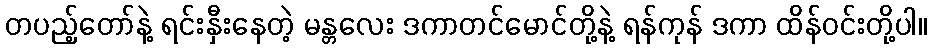
တပည့်တော်နဲ့ ရင်းနှီးနေတဲ့ မန္တလေး ဒကာတင်မောင်တို့နဲ့ ရန်ကုန် ဒကာ ထိန်ဝင်းတို့ပါ။